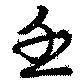
壬